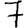
Digit: 7